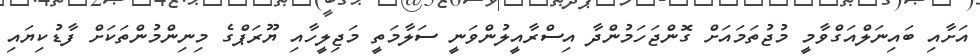
އަށާއި ބައިނަލްއަގްވާމީ މުޖުތަމައަށް ގޮންޖަހަމުންދާ އިސްރާއީލުންވަނީ ސަލާމަތީ މަޖިލީހާއި ޔޫރަޕްގެ މިނިންމުންތަކަށް ފާޑުކިޔައި